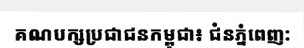
គណបក្សប្រជាជនកម្ពុជា៖ ជំនភ្នំពេញ: